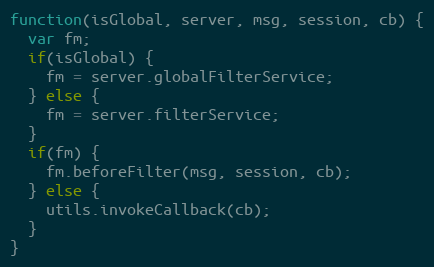
Language: JavaScript
function(isGlobal, server, msg, session, cb) {
  var fm;
  if(isGlobal) {
    fm = server.globalFilterService;
  } else {
    fm = server.filterService;
  }
  if(fm) {
    fm.beforeFilter(msg, session, cb);
  } else {
    utils.invokeCallback(cb);
  }
}